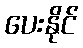
ပေးနိုင်